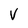
Character: V